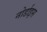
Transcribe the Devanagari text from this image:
नोर्डाइस